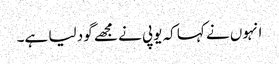
انہوں نے کہا کہ یوپی نے مجھے گود لیا ہے۔